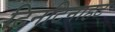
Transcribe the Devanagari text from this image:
टिनटिनाहट